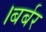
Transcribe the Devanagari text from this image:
।बर्बर